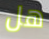
هل